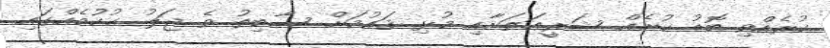
ކުރެއްވި ބޮޑު ކުށެއް ޝަރީޢަތަށާއި މުޅި ޤައުމަށް ސާބިތު ވެ ޖަލު ޙުކުމެއްގައި